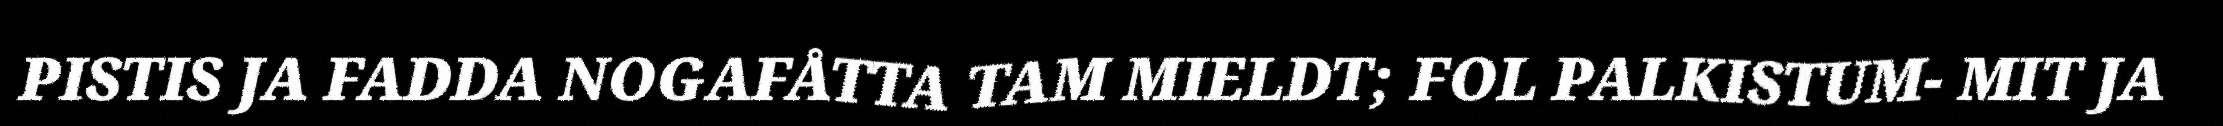
PISTIS JA FADDA NOGAFÅTTA TAM MIELDT; FOL PALKISTUM- MIT JA